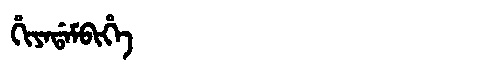
Manchu: ᡥᡳᠶᠠᡩᠠᠮᠪᡳᡥᡝ
Romanization: HIYADAMBIHE